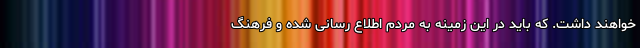
خواهند داشت. که باید در این زمینه به مردم اطلاع رسانی شده و فرهنگ